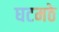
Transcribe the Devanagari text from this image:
घटमठे